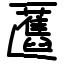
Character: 匶